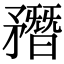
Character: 𥎑